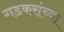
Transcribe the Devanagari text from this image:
गडकरांच्या